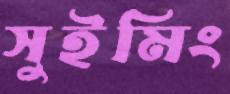
সুইমিং